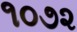
૧૦૭૨